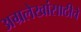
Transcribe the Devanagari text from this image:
अग्रलेखांसाठीचे